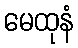
မေထုနံ